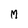
Character: m